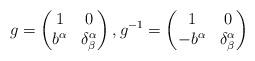
LaTeX: \begin{align*} g=\begin{pmatrix}1 & 0 \\ b^\alpha & \delta^\alpha_\beta \end{pmatrix}, g^{-1}=\begin{pmatrix}1 & 0 \\ -b^\alpha & \delta^\alpha_\beta \end{pmatrix}\end{align*}